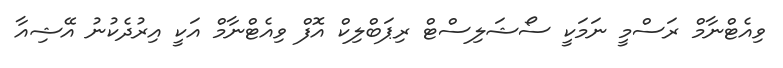
ވިއެޓްނާމް ރަސްމީ ނަމަކީ ސޯޝަލިސްޓް ރިޕަބްލިކް އޮފް ވިއެޓްނާމް އަކީ އިރުދެކުނު އޭޝިއާ